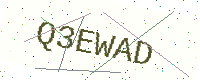
Text: Q3EWAD